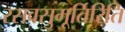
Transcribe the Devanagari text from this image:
रसवसुमूर्तिरिति